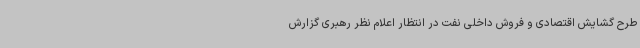
طرح گشایش اقتصادی و فروش داخلی نفت در انتظار اعلام نظر رهبری گزارش